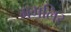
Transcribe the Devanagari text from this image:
मगलिर